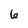
Character: 6